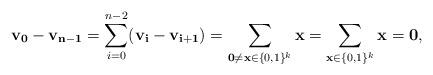
LaTeX: \begin{align*}{\bf v_0-v_{n-1}}=\sum_{i=0}^{n-2}({\bf v_i-v_{i+1}})=\sum_{{\bf 0\not=x}\in\{0,1\}^k}{\bf x}=\sum_{{\bf x}\in\{0,1\}^k}{\bf x}={\bf 0},\end{align*}